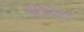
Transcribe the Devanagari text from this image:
ग्रेडियेंटों